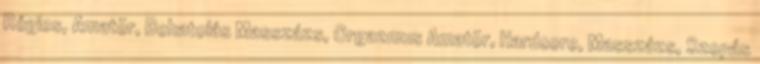
Régies, Amatõr, Behatolás Masszázs, Orgazmus Amatõr, Hardcore, Masszázs, Szopás